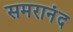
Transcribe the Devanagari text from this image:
समरानंद